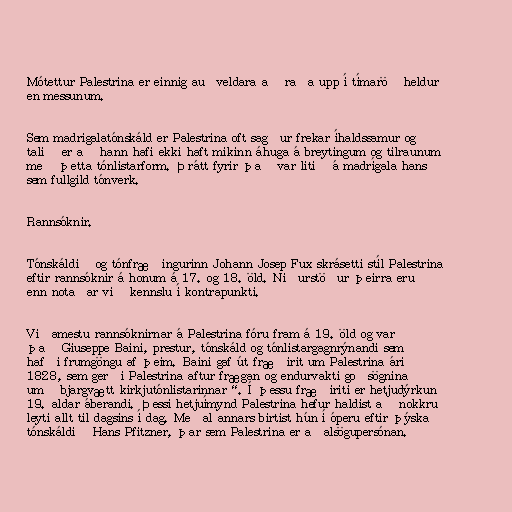
Mótettur Palestrina er einnig auðveldara að raða upp í tímaröð heldur
en messunum.

Sem madrigalatónskáld er Palestrina oft sagður frekar íhaldssamur og
talið er að hann hafi ekki haft mikinn áhuga á breytingum og tilraunum
með þetta tónlistarform. Þrátt fyrir það var litið á madrígala hans
sem fullgild tónverk.

Rannsóknir.

Tónskáldið og tónfræðingurinn Johann Josep Fux skrásetti stíl Palestrina
eftir rannsóknir á honum á 17. og 18. öld. Niðurstöður þeirra eru
enn notaðar við kennslu í kontrapunkti.

Viðamestu rannsóknirnar á Palestrina fóru fram á 19. öld og var
það Giuseppe Baini, prestur, tónskáld og tónlistargagnrýnandi sem
hafði frumgöngu af þeim. Baini gaf út fræðirit um Palestrina árið
1828, sem gerði Palestrina aftur frægan og endurvakti goðsögnina
um „bjargvætt kirkjutónlistarinnar“. Í þessu fræðiriti er hetjudýrkun
19. aldar áberandi. Þessi hetjuímynd Palestrina hefur haldist að nokkru
leyti allt til dagsins í dag. Meðal annars birtist hún í óperu eftir þýska
tónskáldið Hans Pfitzner, þar sem Palestrina er aðalsögupersónan.